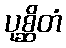
ပုစ္ဆိတံ